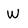
Character: w